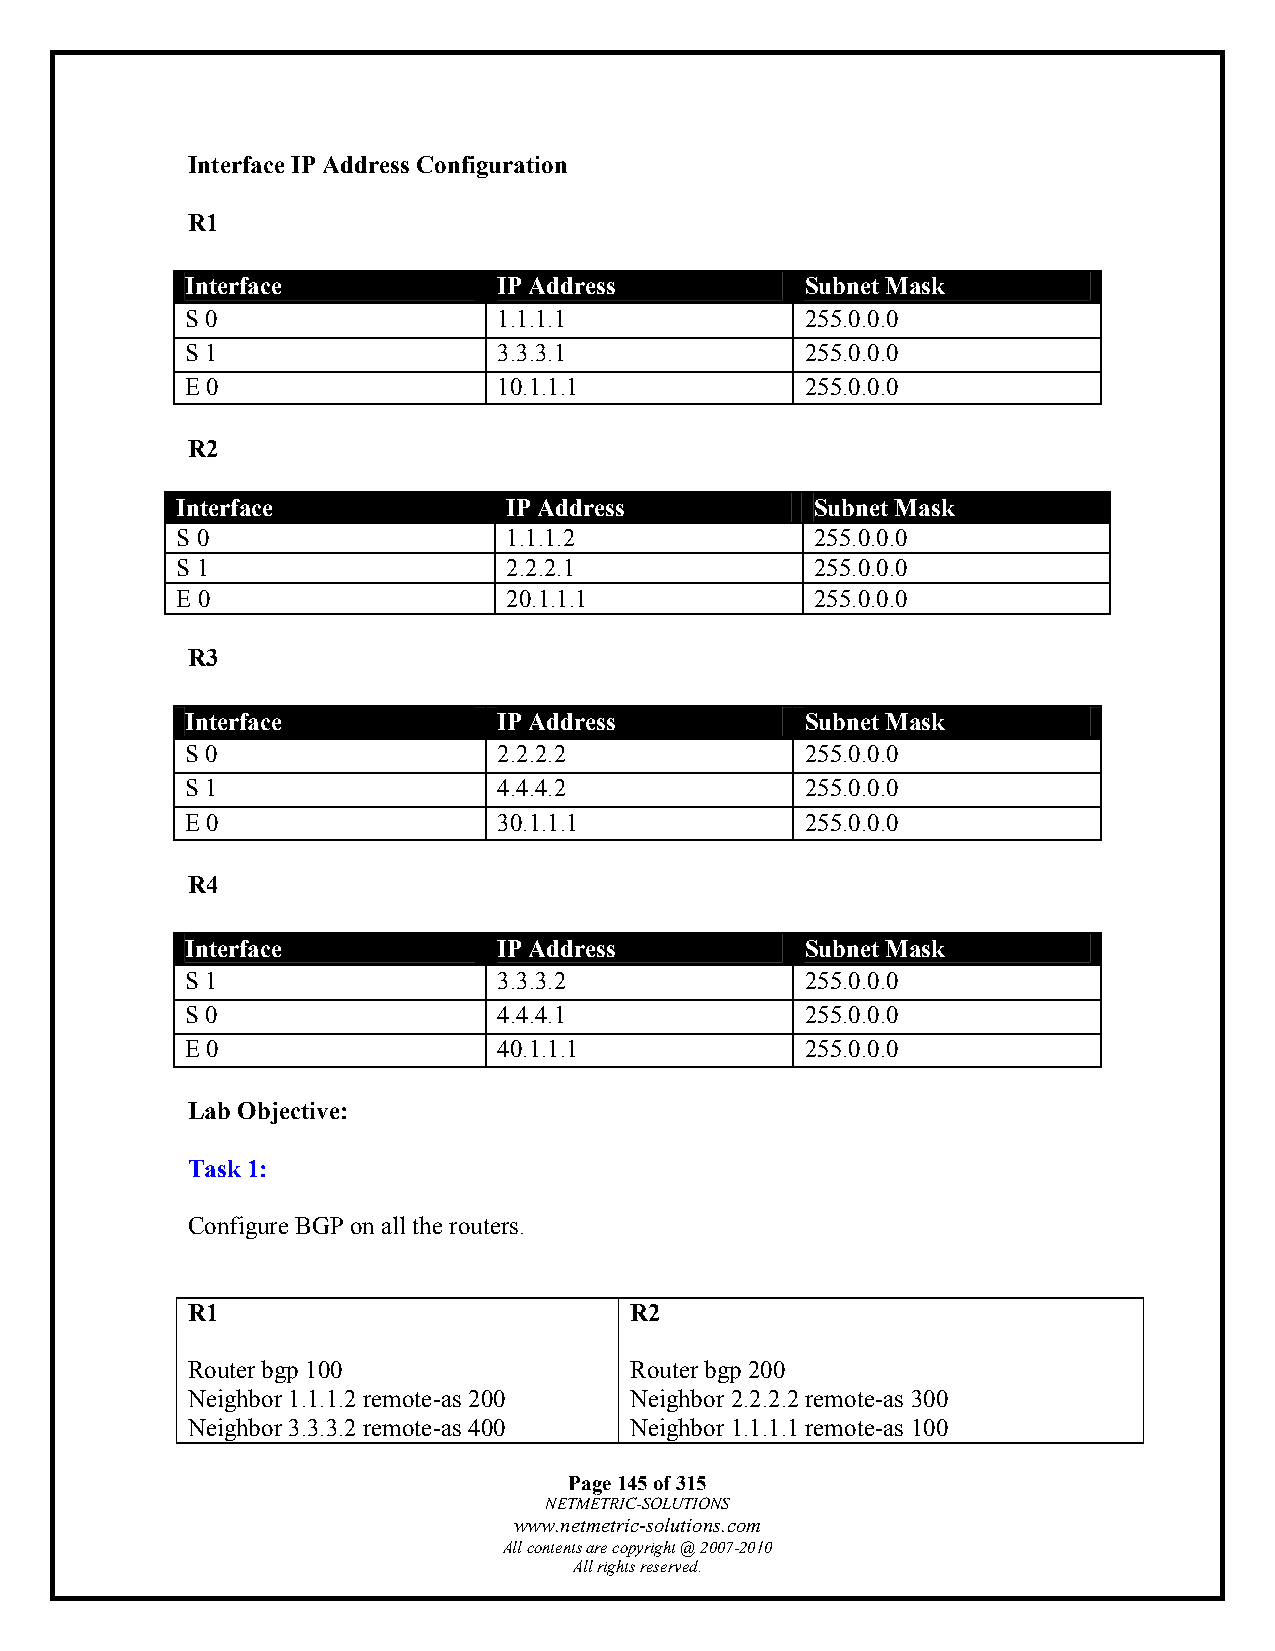
Interface IP Address Configuration
 R1
 Interface            IP Address          Subnet Mask
 S 0                  1.1.1.1             255.0.0.0
 S 1                  3.3.3.1             255.0.0.0
 E 0                  10.1.1.1            255.0.0.0
 R2
 Interface             IP Address          Subnet Mask
 S 0                   1.1.1.2             255.0.0.0
 S 1                   2.2.2.1             255.0.0.0
 E 0                   20.1.1.1            255.0.0.0
 R3
 Interface            IP Address          Subnet Mask
 S 0                  2.2.2.2             255.0.0.0
 S 1                  4.4.4.2             255.0.0.0
 E 0                  30.1.1.1            255.0.0.0
 R4
 Interface            IP Address          Subnet Mask
 S 1                  3.3.3.2             255.0.0.0
 S 0                  4.4.4.1             255.0.0.0
 E 0                  40.1.1.1            255.0.0.0
 Lab Objective:
 Task 1:
 Configure BGP on all the routers.
 R1                            R2
 Router bgp 100                Router bgp 200
 Neighbor 1.1.1.2 remote-as 200 Neighbor 2.2.2.2 remote-as 300
 Neighbor 3.3.3.2 remote-as 400 Neighbor 1.1.1.1 remote-as 100
 Page 145 of 315
 NETMETRIC-SOLUTIONS
 www.netmetric-solutions.com
 All contents are copyright @ 2007-2010
 All rights reserved.